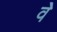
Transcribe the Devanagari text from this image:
वेे